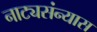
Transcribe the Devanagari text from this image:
नाट्यसंन्यास